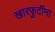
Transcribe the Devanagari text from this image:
खारफुटींना